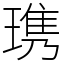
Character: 㻪